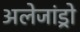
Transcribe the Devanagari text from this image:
अलेजांड्रो